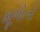
મૂળોનો